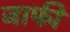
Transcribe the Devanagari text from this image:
जाफी